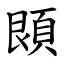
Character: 䫀